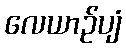
လေယာဉ်ပျံ